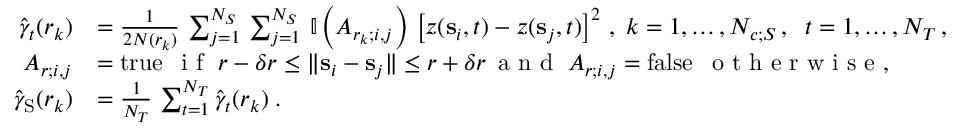
\begin{array} { r l } { \hat { \gamma } _ { t } ( r _ { k } ) } & { = \frac { 1 } { 2 N ( r _ { k } ) } \, \sum _ { j = 1 } ^ { N _ { S } } \, \sum _ { j = 1 } ^ { N _ { S } } \, \mathbb { I } \left( A _ { r _ { k } ; i , j } \right) \, \left[ z ( { \mathbf s } _ { i } , t ) - z ( { \mathbf s } _ { j } , t ) \right] ^ { 2 } \, , \; k = 1 , \ldots , N _ { c ; S } \, , \; \; t = 1 , \ldots , N _ { T } \, , } \\ { A _ { r ; i , j } } & { = \mathrm { t r u e } \, \; \textrm { i f } \; r - \delta r \le \lVert { \mathbf s } _ { i } - { \mathbf s } _ { j } \rVert \le r + \delta r \, \textrm { a n d } \; A _ { r ; i , j } = \mathrm { f a l s e } \, \; \textrm { o t h e r w i s e } , } \\ { \hat { \gamma } _ { \mathrm { S } } ( r _ { k } ) } & { = \frac { 1 } { N _ { T } } \, \sum _ { t = 1 } ^ { N _ { T } } \hat { \gamma } _ { t } ( r _ { k } ) \; . } \end{array}